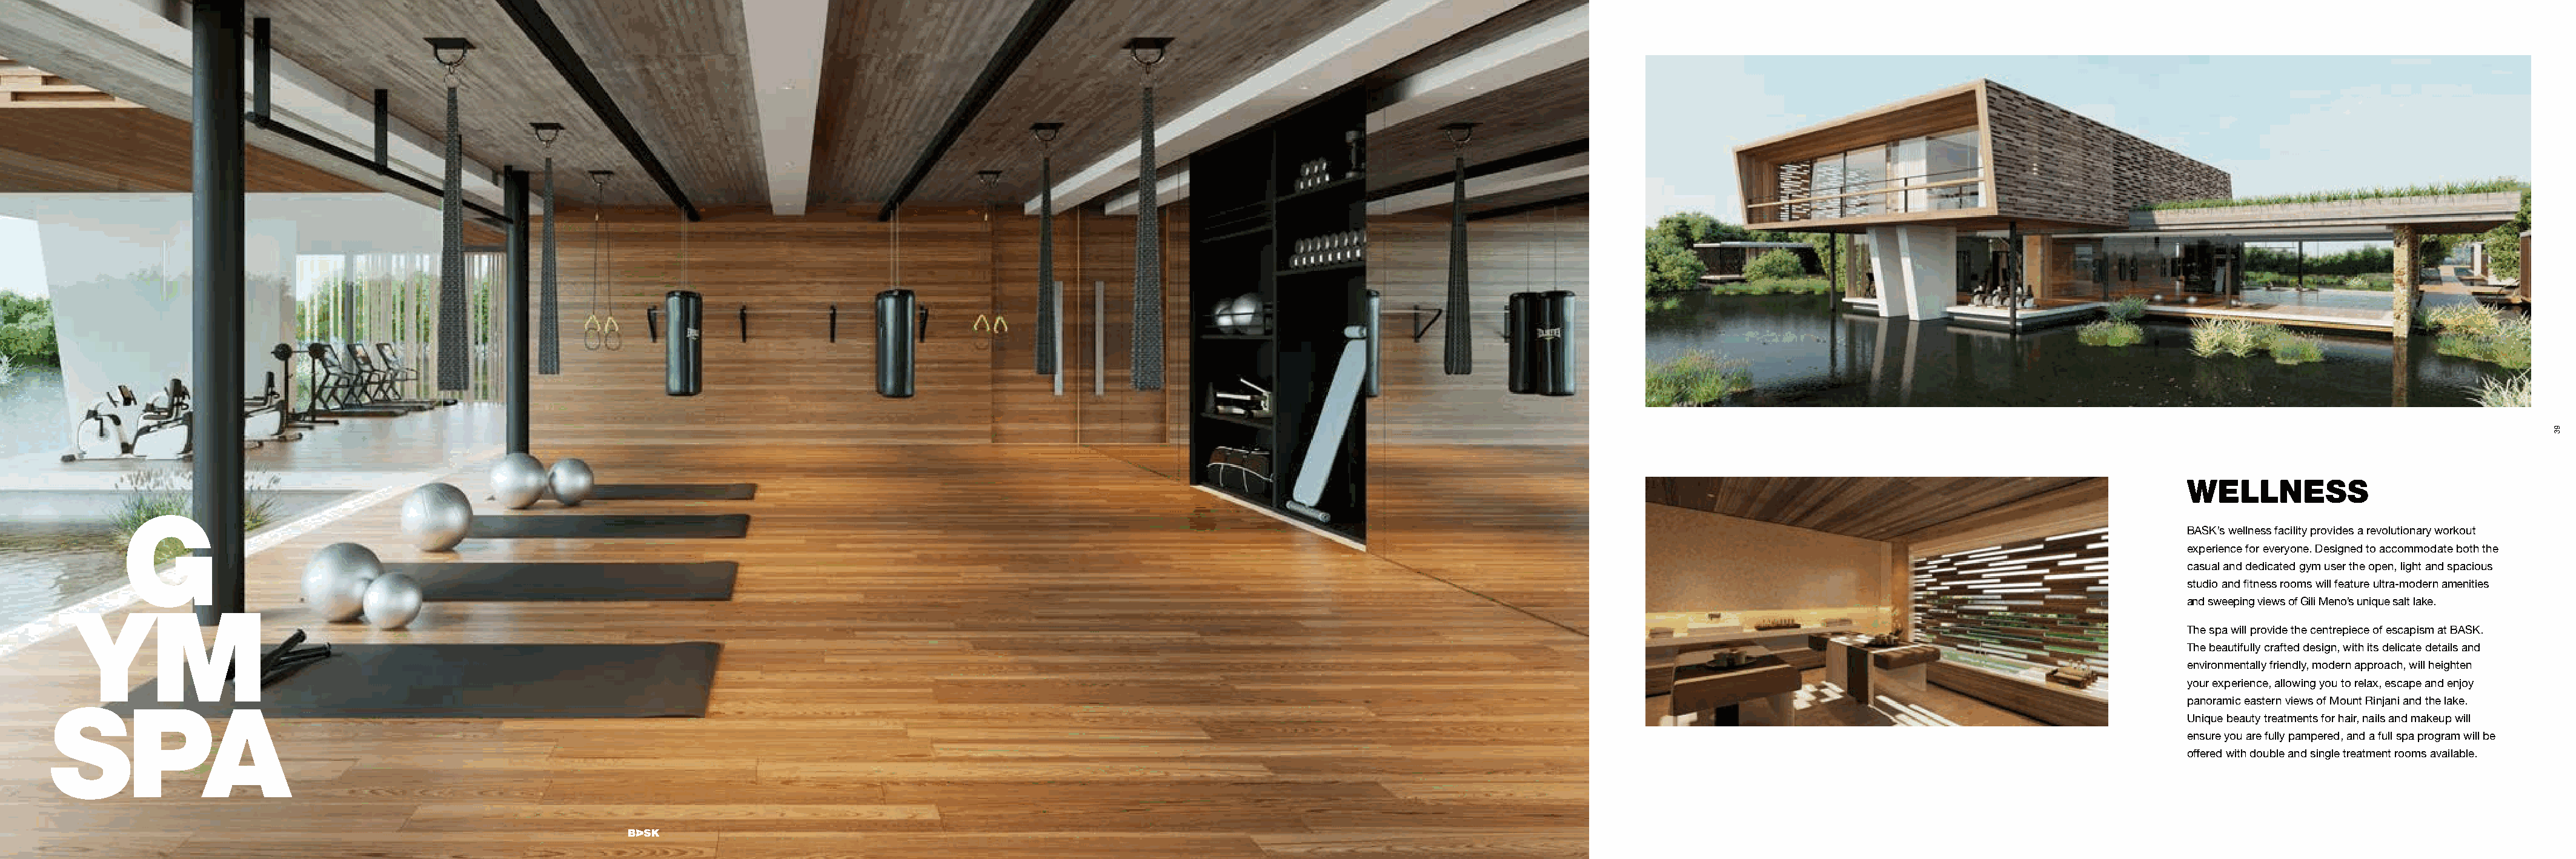
WELLNESS
 G
 BASK’s wellness facility provides a revolutionary workout
 experience for everyone. Designed to accommodate both the
 casual and dedicated gym user the open, light and spacious
 studio and fitness rooms will feature ultra-modern amenities
 and sweeping views of Gili Meno’s unique salt lake.
 YM
 The spa will provide the centrepiece of escapism at BASK.
 The beautifully crafted design, with its delicate details and
 environmentally friendly, modern approach, will heighten
 your experience, allowing you to relax, escape and enjoy
 panoramic eastern views of Mount Rinjani and the lake.
 SPA
 Unique beauty treatments for hair, nails and makeup will
 ensure you are fully pampered, and a full spa program will be
 offered with double and single treatment rooms available.
 BBAASSKKGGIILLIIMMEENNOO..CCOOMM
 93